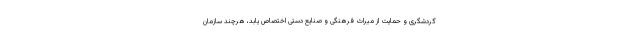
گردشگری و حمایت از میراث فرهنگی و صنایع دستی اختصاص یابد، هرچند سازمان